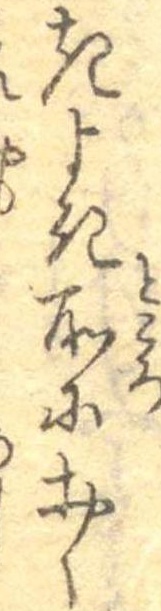
きよき所におく